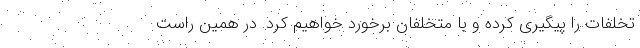
تخلفات را پیگیری کرده و با متخلفان برخورد خواهیم کرد. در همین راست